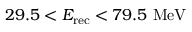
2 9 . 5 < E _ { \mathrm { r e c } } < 7 9 . 5 ~ \mathrm { M e V }